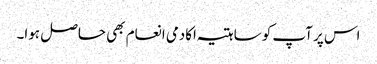
اس پر آپ کو ساہتیہ اکادمی انعام بھی حاصل ہوا۔